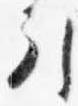
引